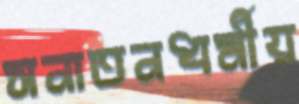
সনাতনধর্মীয়